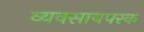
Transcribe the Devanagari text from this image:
व्यवसायपरक